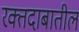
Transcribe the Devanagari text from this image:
रक्तदाबातील